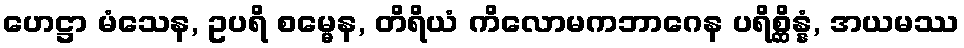
ဟေဋ္ဌာ မံသေန, ဥပရိ စမ္မေန, တိရိယံ ကိလောမကဘာဂေန ပရိစ္ဆိန္နံ, အယမဿ